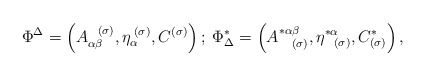
\begin{align*}\Phi ^{\Delta }=\left( A_{\alpha \beta }^{\;\;\;(\sigma )},\eta _{\alpha}^{\;(\sigma )},C^{(\sigma )}\right) ;\;\Phi _{\Delta }^{*}=\left(A_{\;\;\;\;(\sigma )}^{*\alpha \beta },\eta _{\;\;\;(\sigma )}^{*\alpha},C_{(\sigma )}^{*}\right) , \end{align*}